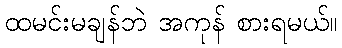
ထမင်းမချန်ဘဲ အကုန် စားရမယ်။